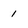
Character: 1